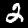
Digit: 2